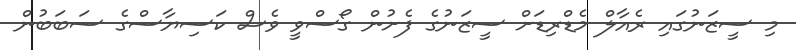
މި ސީޒަނުގައި ރެއާލް މެޑްރިޑަށް ސީޒަނުގެ ފެށުން ގޯސްވީ ވެސް ކަސިޔާސްގެ ސަބަބުން